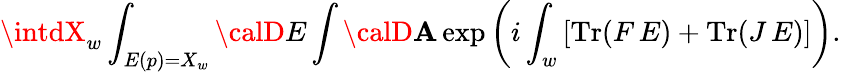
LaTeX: \intdX_{w}\int_{E(p)=X_{w}}{\calD}E\int{\calD}\mathbf{A}\exp\left(i\int_{w}\left[\mathrm{{Tr}}(F\, E)+\mathrm{{Tr}}(J\, E)\right]\right).